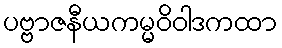
ပဗ္ဗာဇနီယကမ္မဝိဝါဒကထာ